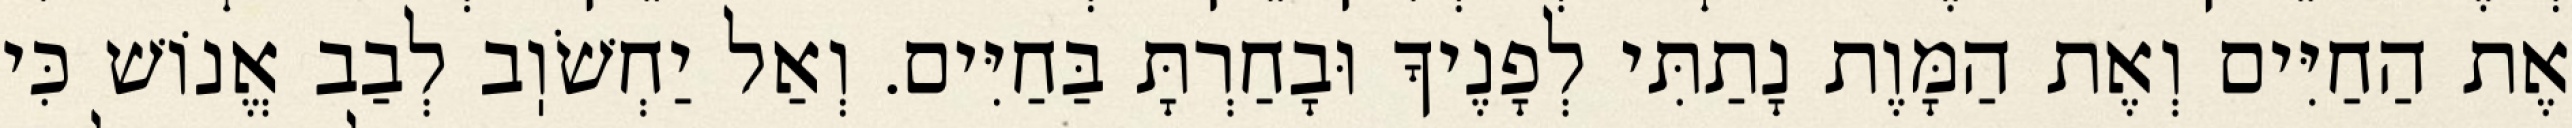
אֶת הַחַיִּים וְאֶת הַמָּוֶת נָתַתִּי לְפָנֶיךָ וּבָחַרְתָּ בַּחַיִּים. וְאַל יַחְשֹׁוֽב לְבַב אֱנוֹשׁ כִּי